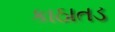
કાઠાતડ